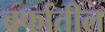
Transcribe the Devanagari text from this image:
बर्फातील